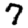
Digit: 7